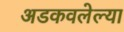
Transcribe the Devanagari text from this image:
अडकवलेल्या